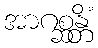
အာဂစ္ဆန္တိံ